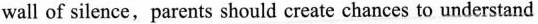
wall of silence. Parents should create chances to understand